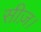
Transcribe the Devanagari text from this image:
सीज़।